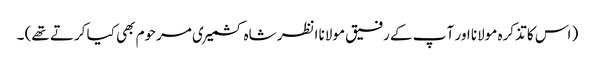
( اس کا تذکرہ مولانا اور آ پ کے رفیق مولانا انظر شاہ کشمیری مرحوم بھی کیا کرتے تھے) ۔